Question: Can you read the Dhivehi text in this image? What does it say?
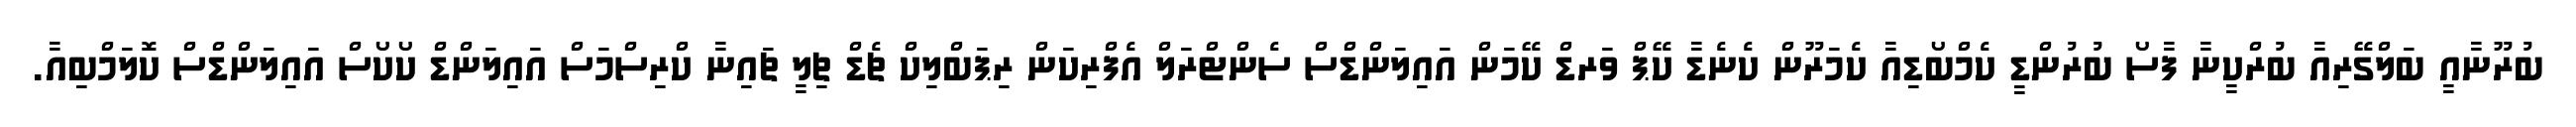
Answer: ބުރޫނާއީ ބަލްގޭރިއާ ބުރްކީނާ ފާސޯ ބުރުންޑީ ކެމްބޯޑިއާ ކެމަރޫން ކެނެޑާ ކޭޕް ވަރޑް ކޭމަން އައިލަންޑްސް ސެންޓްރަލް އެފްރިކަން ރިޕަބްލިކް ޗެޑް ޗިލީ ޗައިނާ ކްރިސްމަސް އައިލަންޑް ކޯކޯސް އައިލަންޑްސް ކޮލަމްބިއާ.